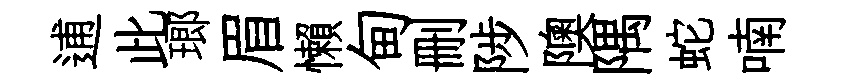
逋此瑯眉懶甸删陟隩隅蛇喃